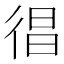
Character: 𢔒